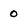
Character: 0